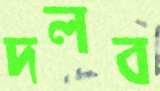
দলব